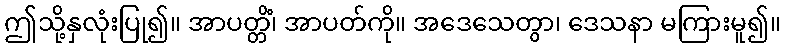
ဤသို့နှလုံးပြု၍။ အာပတ္တိံ၊ အာပတ်ကို။ အဒေသေတွာ၊ ဒေသနာ မကြားမူ၍။